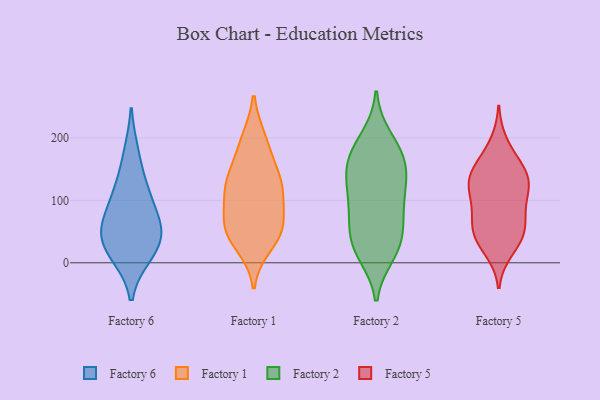
{"axis": {"x": "Tickets Resolved", "y": "Value"}, "legend": ["Factory 1", "Factory 2", "Factory 5", "Factory 6"], "data": [{"x": "", "y": 123, "type": "Factory 6"}, {"x": "", "y": 82, "type": "Factory 6"}, {"x": "", "y": 11, "type": "Factory 6"}, {"x": "", "y": 49, "type": "Factory 6"}, {"x": "", "y": 51, "type": "Factory 6"}, {"x": "", "y": 61, "type": "Factory 6"}, {"x": "", "y": 112, "type": "Factory 6"}, {"x": "", "y": 177, "type": "Factory 6"}, {"x": "", "y": 12, "type": "Factory 6"}, {"x": "", "y": 35, "type": "Factory 6"}, {"x": "", "y": 192, "type": "Factory 1"}, {"x": "", "y": 124, "type": "Factory 1"}, {"x": "", "y": 134, "type": "Factory 1"}, {"x": "", "y": 115, "type": "Factory 1"}, {"x": "", "y": 197, "type": "Factory 1"}, {"x": "", "y": 52, "type": "Factory 1"}, {"x": "", "y": 59, "type": "Factory 1"}, {"x": "", "y": 51, "type": "Factory 1"}, {"x": "", "y": 29, "type": "Factory 1"}, {"x": "", "y": 149, "type": "Factory 1"}, {"x": "", "y": 51, "type": "Factory 1"}, {"x": "", "y": 116, "type": "Factory 1"}, {"x": "", "y": 86, "type": "Factory 1"}, {"x": "", "y": 124, "type": "Factory 2"}, {"x": "", "y": 164, "type": "Factory 2"}, {"x": "", "y": 72, "type": "Factory 2"}, {"x": "", "y": 139, "type": "Factory 2"}, {"x": "", "y": 20, "type": "Factory 2"}, {"x": "", "y": 28, "type": "Factory 2"}, {"x": "", "y": 200, "type": "Factory 2"}, {"x": "", "y": 136, "type": "Factory 2"}, {"x": "", "y": 187, "type": "Factory 2"}, {"x": "", "y": 50, "type": "Factory 2"}, {"x": "", "y": 167, "type": "Factory 2"}, {"x": "", "y": 89, "type": "Factory 2"}, {"x": "", "y": 14, "type": "Factory 2"}, {"x": "", "y": 31, "type": "Factory 2"}, {"x": "", "y": 110, "type": "Factory 2"}, {"x": "", "y": 80, "type": "Factory 2"}, {"x": "", "y": 165, "type": "Factory 2"}, {"x": "", "y": 126, "type": "Factory 5"}, {"x": "", "y": 128, "type": "Factory 5"}, {"x": "", "y": 108, "type": "Factory 5"}, {"x": "", "y": 47, "type": "Factory 5"}, {"x": "", "y": 145, "type": "Factory 5"}, {"x": "", "y": 124, "type": "Factory 5"}, {"x": "", "y": 20, "type": "Factory 5"}, {"x": "", "y": 191, "type": "Factory 5"}, {"x": "", "y": 89, "type": "Factory 5"}, {"x": "", "y": 128, "type": "Factory 5"}, {"x": "", "y": 75, "type": "Factory 5"}, {"x": "", "y": 47, "type": "Factory 5"}, {"x": "", "y": 49, "type": "Factory 5"}, {"x": "", "y": 157, "type": "Factory 5"}, {"x": "", "y": 158, "type": "Factory 5"}, {"x": "", "y": 33, "type": "Factory 5"}, {"x": "", "y": 70, "type": "Factory 5"}]}